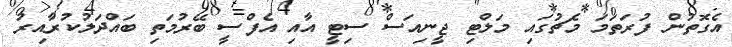
އެގޮތުން ފުރަތަމަ މެޗުގައި މަލްޓި ޖީނިއަސް ސިޓީ އާއި އެފްސީ ބޭރުމަތި ބައްދަލުކުރާއިރު